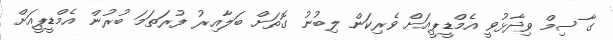
ގާސިމް ވިދާޅުވީ އެމްޑީޕީއަށް ވެރިކަން ލިބުނު ގޮތަށް ބަލާއިރު ފުރަތަމަ ބުރުން އެމްޑީޕީއަށް